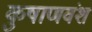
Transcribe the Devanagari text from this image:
कुषाणवंश